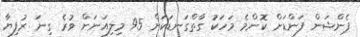
ޕެންޝަން ފަންޑަށް ކޮންމެ މަހަކު ގާތްގަނޑަކަށް 95 މިލިއަނަށް ވުރެ ގިނަ ރުފިޔާ